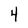
Character: 4